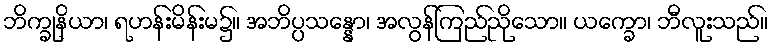
ဘိက္ခုနိယာ၊ ရဟန်းမိန်းမ၌။ အဘိပ္ပသန္နော၊ အလွန်ကြည်ညိုသော။ ယက္ခော၊ ဘီလူးသည်။